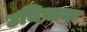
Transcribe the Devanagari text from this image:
उचियामा